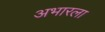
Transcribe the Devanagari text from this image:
अभारला